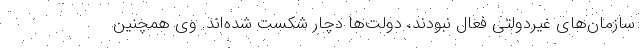
سازمان‌های غیردولتی فعال نبودند، دولت‌ها دچار شکست شده‌اند. وی همچنین